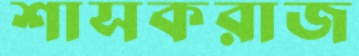
শাসকরাজ